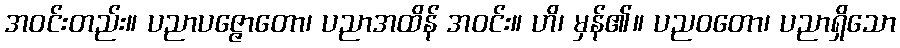
အဝင်းတည်း။ ပညာပဇ္ဇောတော၊ ပညာအထိန် အဝင်း။ ဟိ၊ မှန်၏။ ပညဝတော၊ ပညာရှိသော